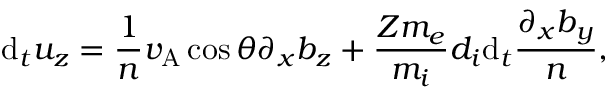
\mathrm { d } _ { t } u _ { z } = \frac { 1 } { n } v _ { \mathrm { A } } \cos \theta \partial _ { x } b _ { z } + \frac { Z m _ { e } } { m _ { i } } d _ { i } \mathrm { d } _ { t } \frac { \partial _ { x } b _ { y } } { n } ,